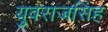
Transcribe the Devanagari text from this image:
युवराजसिंह